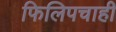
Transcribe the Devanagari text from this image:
फिलिपचाही